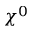
\chi ^ { 0 }